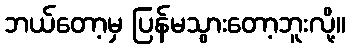
ဘယ်တော့မှ ပြန်မသွားတော့ဘူးလို့။